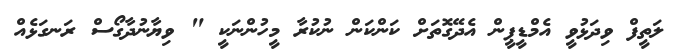
ލަތީފް ވިދަޅުވީ އެމްޑީޕީން އެދޭގޮތަށް ކަންކަން ނުކުރާ މީހުންނަކީ " ވިޔާނުދާގޯސް ރަނގަޅެއް